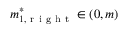
m _ { 1 , \mathrm { ~ r ~ i ~ g ~ h ~ t ~ } } ^ { * } \in ( 0 , m )